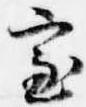
室